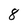
Character: 8